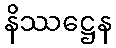
နိဿဋ္ဌေန